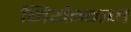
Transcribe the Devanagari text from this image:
नियंन्नण